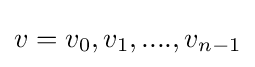
v=v_{0},v_{1},....,v_{n-1}